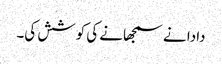
دادا نے سمجھانے کی کوشش کی۔